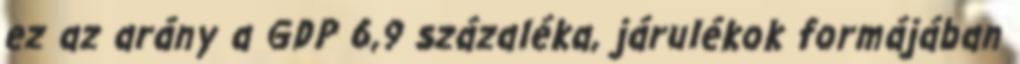
ez az arány a GDP 6,9 százaléka, járulékok formájában